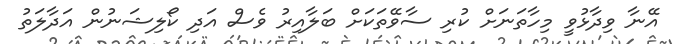
އޭނާ ވިދާޅުވީ މިހާތަނަށް ކުރި ސާވޭތަކަށް ބަލާއިރު ވެސް އަދި ކޯލިޝަނުން އަދާލަތު